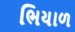
ભિયાળ